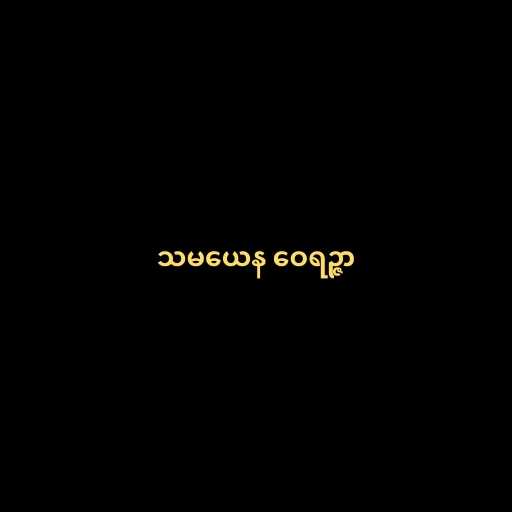
သမယေန ဝေရဉ္ဇာ